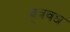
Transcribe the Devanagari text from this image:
वृत्रवध